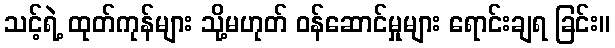
သင့်ရဲ့ ထုတ်ကုန်များ သို့မဟုတ် ဝန်ဆောင်မှုများ ရောင်းချရ ခြင်း။